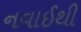
નવાઈથી